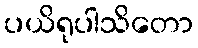
ပယိရုပါသိတော